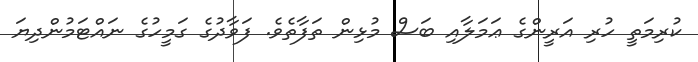
ކުރިމަތީ ހުރި އަރީންގެ ޢަމަލާއި ބަސް މުޅިން ތަފާތެވެ. ފަވާދުގެ ގަމީހުގެ ނައްޓަމުންދިޔަ